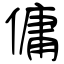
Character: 傭